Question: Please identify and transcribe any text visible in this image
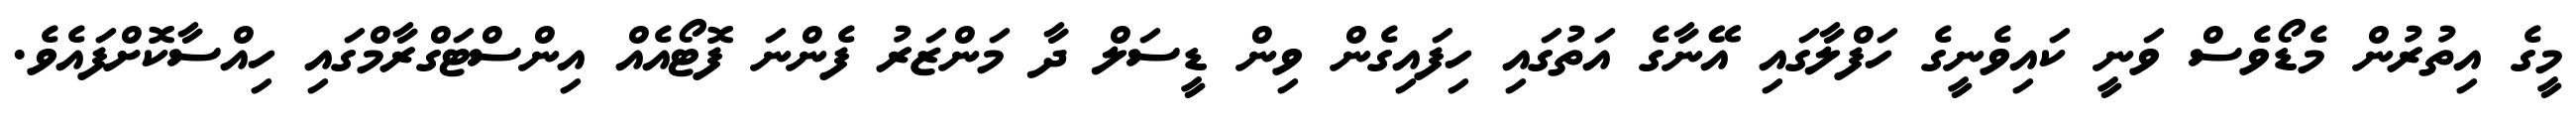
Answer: މީގެ އިތުރުން މެޑޯވެސް ވަނީ ކައިވެނީގެ ހަފްލާގައި އޭނާގެ އަތުގައި ހިފައިގެން ވިން ޑީސަލް ދާ މަންޒަރު ފެންނަ ފޮޓޯއެއް އިންސްޓަގްރާމްގައި ހިއްސާކޮށްފައެވެ.